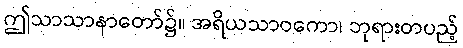
ဤသာသာနာတော်၌။ အရိယသာဝကော၊ ဘုရားတပည့်